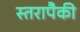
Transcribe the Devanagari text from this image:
स्तरापैकी